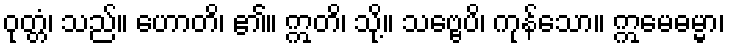
ဝုတ္တံ၊ သည်။ ဟောတိ၊ ၏။ ဣတိ၊ သို့။ သဗ္ဗေပိ၊ ကုန်သော။ ဣမေဓမ္မာ၊